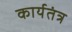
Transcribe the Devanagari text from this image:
कार्यतंत्र